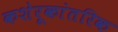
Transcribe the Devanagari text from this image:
कशेरूकांतरिक